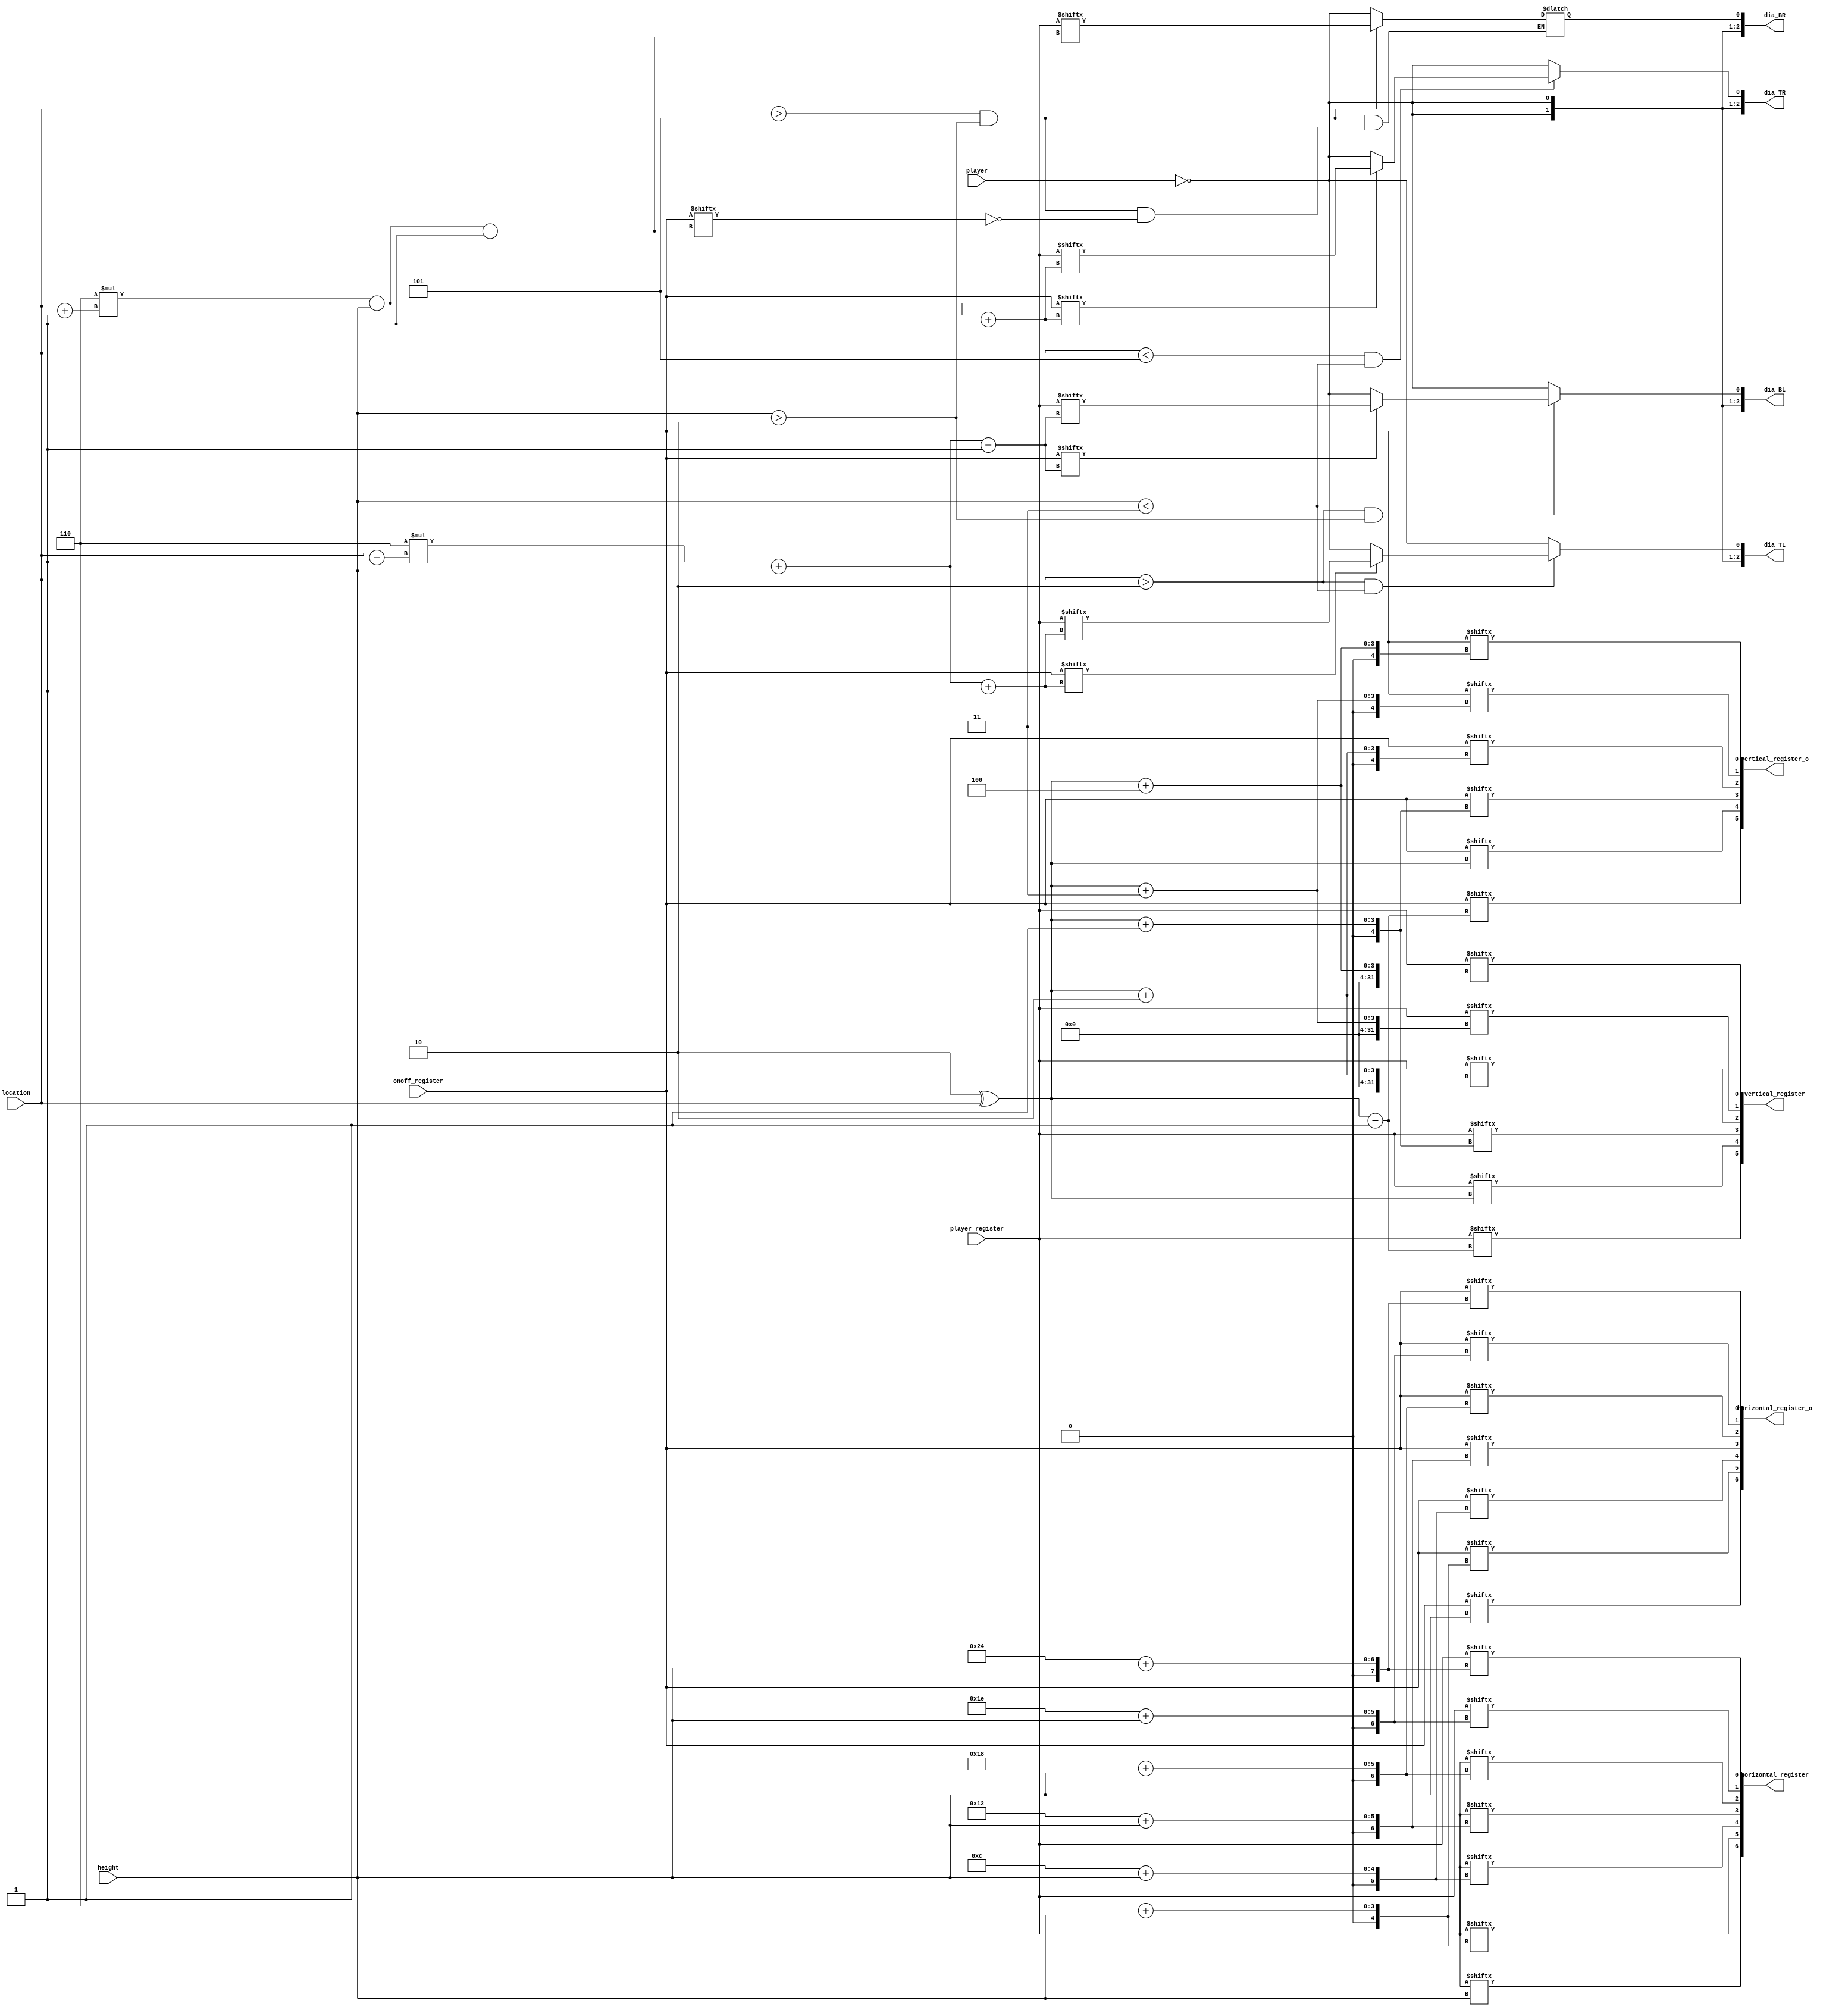
module register_decoder_win(player, location, height, player_register, onoff_register, vertical_register, 
						vertical_register_o, horizontal_register,  horizontal_register_o,
						dia_TL, dia_TR, dia_BL, dia_BR);
	input player;
	input [2:0] location, height;
	input [41:0] player_register, onoff_register;
	
	output [5:0] vertical_register,vertical_register_o;  
	output [6:0] horizontal_register, horizontal_register_o;
	output reg [2:0] dia_TL, dia_TR, dia_BL, dia_BR;
	
	//playerboard assignments (a 6 bit slice of playerboard) -VERTICALLY
	assign vertical_register[5] =player_register[(2'd2 ^location)-1]; 
	assign vertical_register[4] =player_register[(2'd2 ^location) ];
	assign vertical_register[3] =player_register[(2'd2 ^location) + 1];
	assign vertical_register[2] =player_register[(2'd2 ^location) + 2];
	assign vertical_register[1] =player_register[(2'd2 ^location) + 3];
	assign vertical_register[0] =player_register[(2'd2 ^location) + 4];
	
	//onoffboard assignments (a 6 bit slice of onoffboard) - VERTICALLY
	assign vertical_register_o[5] =onoff_register[(2'd2 ^location) - 1]; 
	assign vertical_register_o[4] =onoff_register[(2'd2 ^location) ];
	assign vertical_register_o[3] =onoff_register[(2'd2 ^location) + 1];
	assign vertical_register_o[2] =onoff_register[(2'd2 ^location) + 2];
	assign vertical_register_o[1] =onoff_register[(2'd2 ^location) + 3];
	assign vertical_register_o[0] =onoff_register[(2'd2 ^location) + 4];
	
	//playerboard assignments -HORIZONTALLY (MORE COMPLICATED)	
	assign horizontal_register[6] = player_register[( height)];
	assign horizontal_register[5] = player_register[(3'd6 *(1)) + (height) ];
	assign horizontal_register[4] = player_register[(3'd6 *(2)) + (height) ];
	assign horizontal_register[3] = player_register[(3'd6 *(3)) + (height) ];
	assign horizontal_register[2] = player_register[(3'd6 *(4)) + (height) ];
	assign horizontal_register[1] = player_register[(3'd6 *(5)) + (height) ];
	assign horizontal_register[0] = player_register[(3'd6 *(6)) + (height) ];
	
	//onoffboard assignments -HORIZONTALLY (MORE COMPLICATED)	
	assign horizontal_register_o[6] = onoff_register[( height)];
	assign horizontal_register_o[5] = onoff_register[(3'd6 *(1)) + (height) ];
	assign horizontal_register_o[4] = onoff_register[(3'd6 *(2)) + (height) ];
	assign horizontal_register_o[3] = onoff_register[(3'd6 *(3)) + (height) ];
	assign horizontal_register_o[2] = onoff_register[(3'd6 *(4)) + (height) ];
	assign horizontal_register_o[1] = onoff_register[(3'd6 *(5)) + (height) ];
	assign horizontal_register_o[0] = onoff_register[(3'd6 *(6)) + (height) ];
	
	
	
	always @(*) begin
	//TL assignment- TOP LEFT
	if (location > 2'd2 && height < 2'd3) begin	//must be far enough from corner
		if (onoff_register[3'd6*(location-1'd1) + height + 1'd1]) dia_TL[0] = 
						player_register[3'd6*(location-1'd1) + height + 1'd1];
					else dia_TL[0] = ~player ;
		if (onoff_register[3'd6*(location-2'd2) + height + 2'd2]) dia_TL[1] = 
						player_register[3'd6*(location-2'd2) + height + 2'd2];
					else dia_TL[1] = ~player ;
		if (onoff_register[3'd6*(location-2'd3) + height + 2'd3]) dia_TL[2] = 
					player_register[3'd6*(location-2'd3) + height + 2'd3];
					else dia_TL[2] = ~player ;
		end
	else 
		dia_TL[0]= ~player;
		dia_TL[2]= ~player;
		dia_TL[1]= ~player;
		
	//TR assignment- TOP RIGHT	
	if (location < 3'd5 && height < 2'd3) begin	//must be far enough from corner
		if (onoff_register[3'd6*(location+1'd1) + height + 1'd1]) dia_TR[0] = 
							player_register[3'd6*(location+1'd1) + height + 1'd1];
					else dia_TR[0] = ~player ;
		if (onoff_register[3'd6*(location+1'd1) + height + 1'd1]) dia_TR[1] = 
							player_register[3'd6*(location+2'd2) + height + 2'd2];
					else dia_TR[1] = ~player ; 
		if (onoff_register[3'd6*(location+1'd1) + height + 1'd1]) dia_TR[2] = 
							player_register[3'd6*(location+2'd3) + height + 2'd3];
					else dia_TR[2] = ~player;  
		end
	else 
		dia_TR[0]= ~player;
		dia_TR[2]= ~player;
		dia_TR[1]= ~player;
		
	//BL assignment- BOTTOM LEFT	
	if (location > 2'd2 && height > 2'd2) begin	//must be far enough from corner
		if (onoff_register[3'd6*(location-1'd1) + height - 1'd1]) dia_BL[0] = 
						player_register[3'd6*(location-1'd1) + height - 1'd1];
					else dia_BL[0] = ~player;
		if (onoff_register[3'd6*(location-2'd2) + height - 2'd2]) dia_BL[1] = 
						player_register[3'd6*(location-2'd2) + height - 2'd2];
					else dia_BL[1] = ~player;
		if (onoff_register[3'd6*(location-2'd3) + height - 2'd3]) dia_BL[2] = 
						player_register[3'd6*(location-2'd3) + height - 2'd3];
					else dia_BL[2] = ~player;
		end
	else 
		dia_BL[0]= ~player;
		dia_BL[2]= ~player;
		dia_BL[1]= ~player;
	
	//BR assignment- BOTTOM RIGHT
	if (location > 3'd5 && height > 2'd2) begin	//must be far enough from corner
		if (onoff_register[3'd6*(location+1'd1) + height - 1'd1]) dia_BR[0] = 
						player_register[3'd6*(location+1'd1) + height - 1'd1];
					else dia_BR[1] = ~player;
		if (onoff_register[3'd6*(location+2'd2) + height - 2'd2]) dia_BR[1] = 
						player_register[3'd6*(location+2'd2) + height - 2'd2];
					else dia_BR[1] = ~player;
		if (onoff_register[3'd6*(location+2'd3) + height - 2'd3]) dia_BR[2] = 
						player_register[3'd6*(location+2'd3) + height - 2'd3];
					else dia_BR[2] = ~player;
		end
	else 
		dia_BR[0]= ~player;
		dia_BR[2]= ~player;
		dia_BR[1]= ~player;
	
	end



endmodule